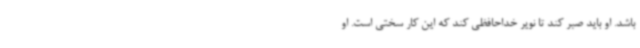
باشد. او باید صبر کند تا نویر خداحافظی کند که این کار سختی است. او